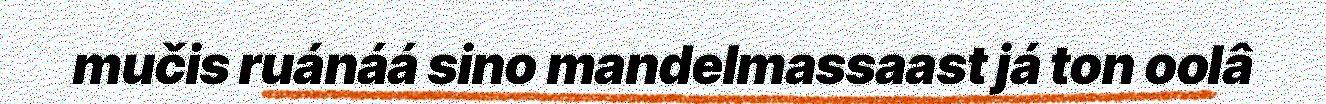
mučis ruánáá sino mandelmassaast já ton oolâ